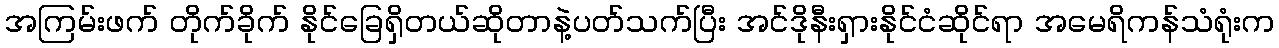
အကြမ်းဖက် တိုက်ခိုက် နိုင်ခြေရှိတယ်ဆိုတာနဲ့ပတ်သက်ပြီး အင်ဒိုနီးရှားနိုင်ငံဆိုင်ရာ အမေရိကန်သံရုံးက